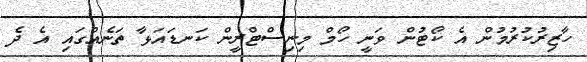
ހާޒިރުކުރުމުން އެ ކޯޓުން ވަނީ ހޯމް މިނިސްޓްރީން ކަނޑައަޅާ ތަނެއްގައި އެ ދެ